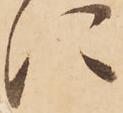
に